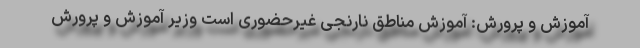
آموزش و پرورش: آموزش مناطق نارنجی غیرحضوری است وزیر آموزش و پرورش